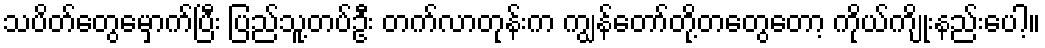
သပိတ်တွေမှောက်ပြီး ပြည်သူ့တပ်ဦး တက်လာတုန်းက ကျွန်တော်တို့တတွေတော့ ကိုယ်ကျိုးနည်းပေါ့။